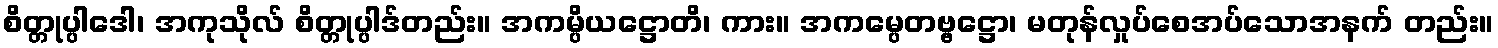
စိတ္တုပ္ပါဒေါ၊ အကုသိုလ် စိတ္တုပ္ပါဒ်တည်း။ အကမ္ပိယဋ္ဌောတိ၊ ကား။ အကမ္ပေတဗ္ဗဋ္ဌော၊ မတုန်လှုပ်စေအပ်သောအနက် တည်း။